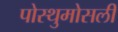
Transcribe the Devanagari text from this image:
पोस्थुमोसली